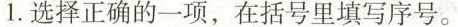
1.选择正确的一项，在括号里填写序号。